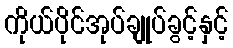
ကိုယ်ပိုင်အုပ်ချုပ်ခွင့်နှင့်